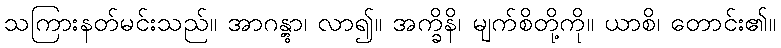
သကြားနတ်မင်းသည်။ အာဂန္တွာ၊ လာ၍။ အက္ခိနိ၊ မျက်စိတို့ကို။ ယာစိ၊ တောင်း၏။